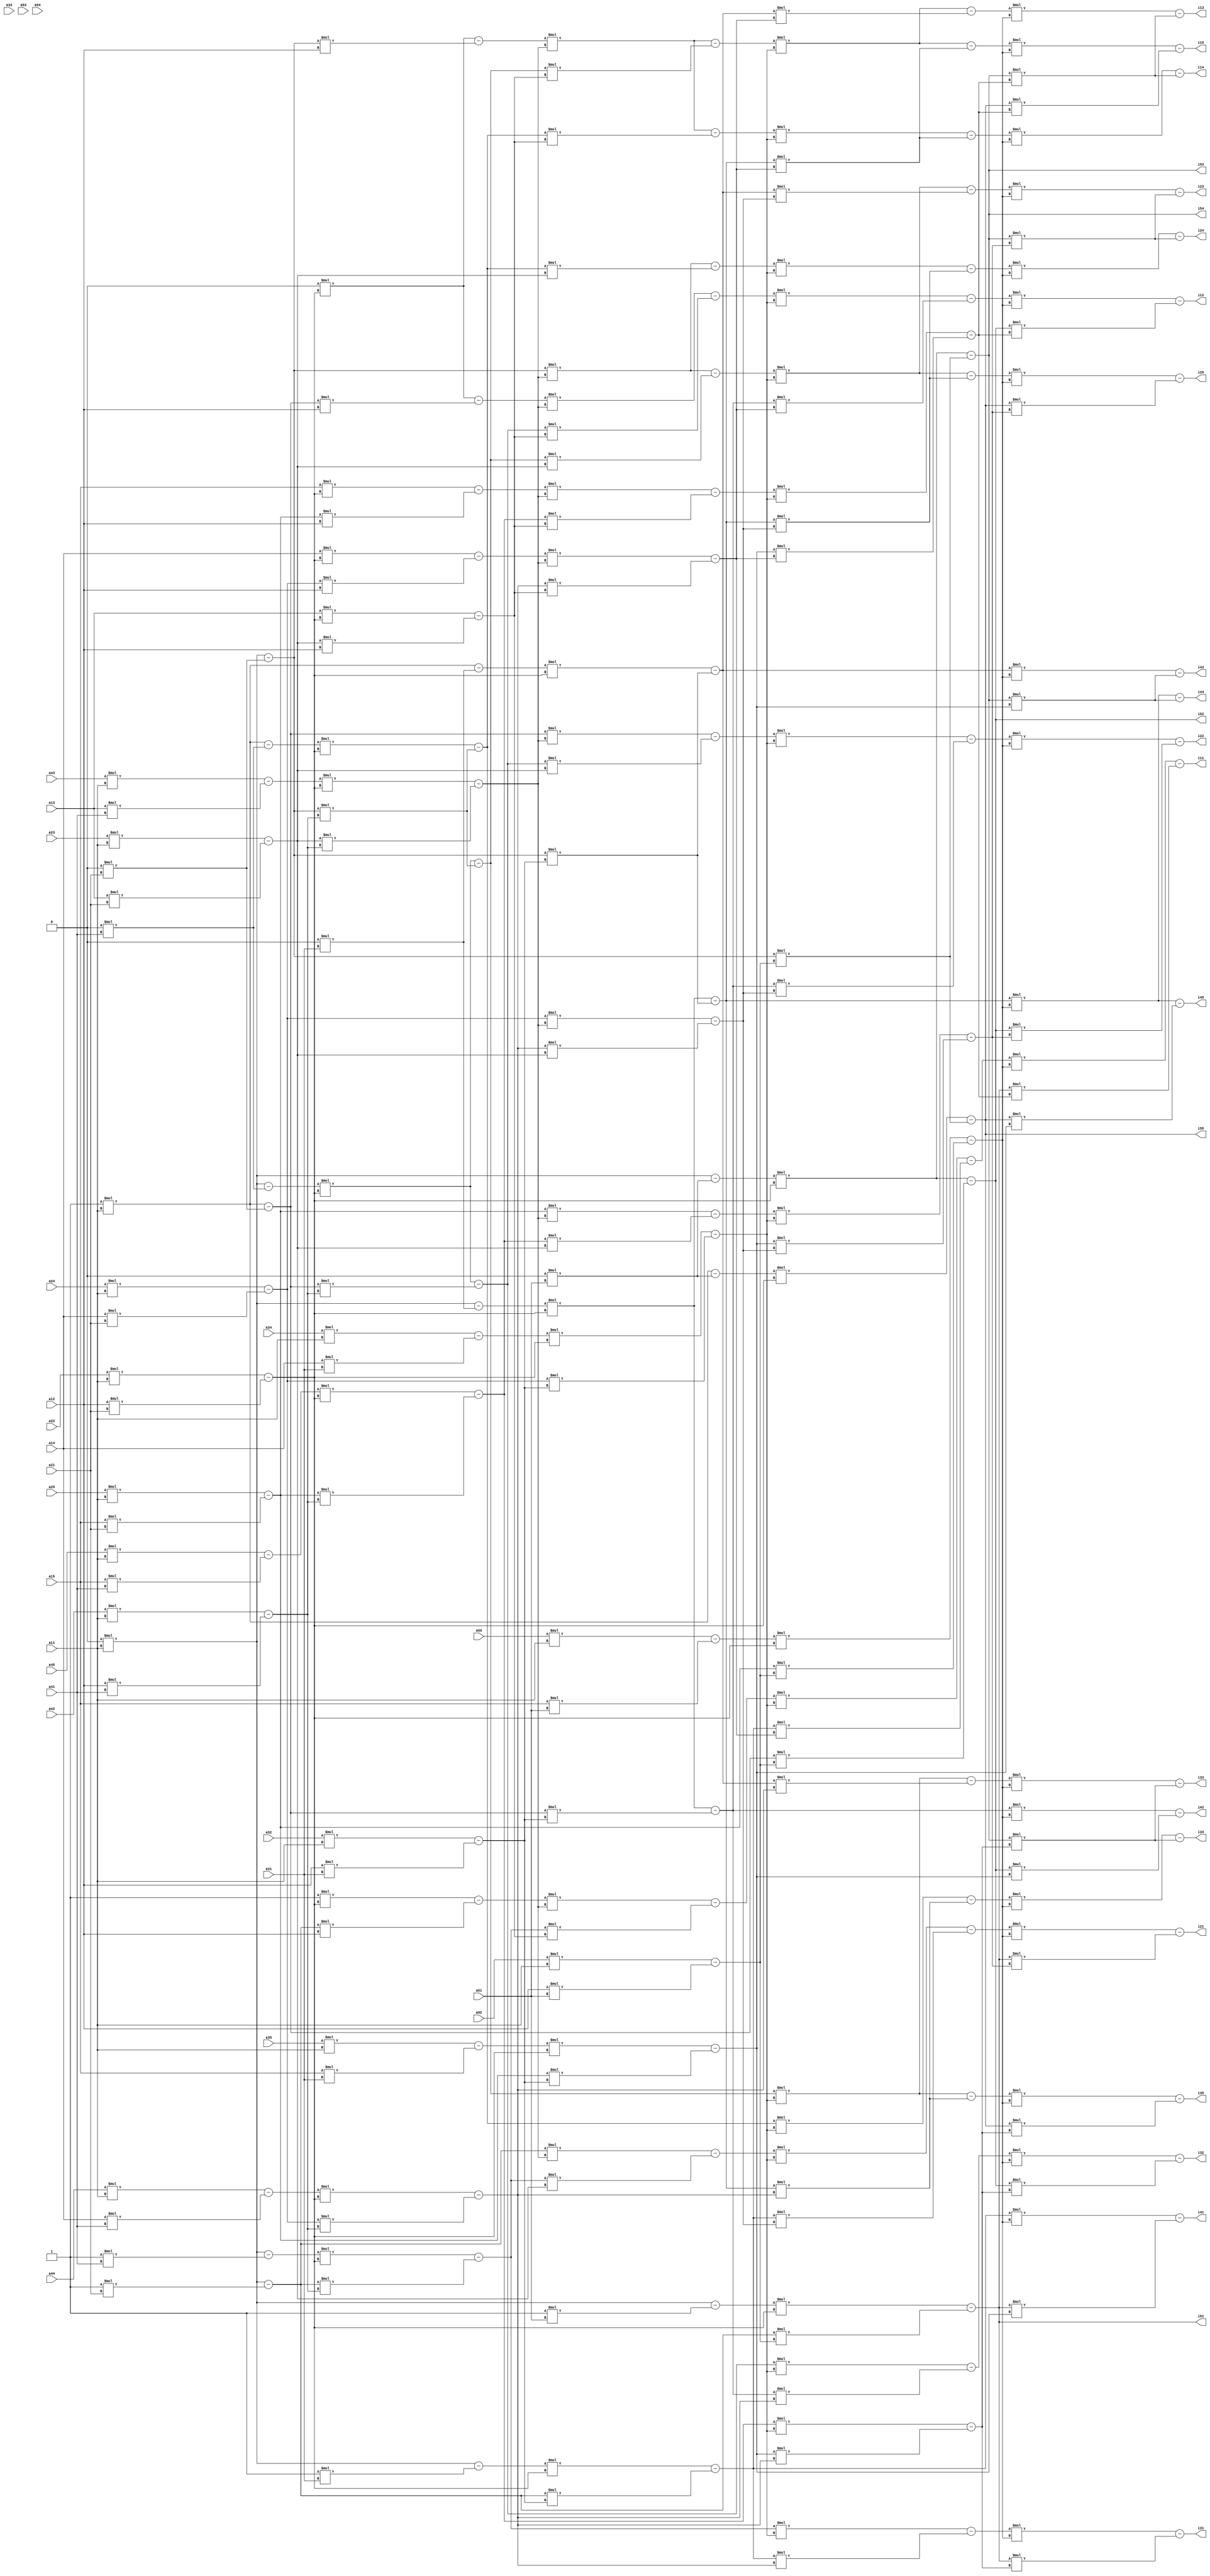
`timescale 1ns / 1ps

//////////////////////////////////////////////////////////////////////////////////
// Company: 
// 
// Design Name: 
// Module Name:    matrix_inv 
// Project Name: Project to invert the matrix using RREF method
// Target Devices: 
// Tool versions: 
// Description: 
//
// Dependencies: 
//
// Revision: 
// Revision 0.01 - File Created
// Additional Comments: 
//
//////////////////////////////////////////////////////////////////////////////////
module matrx_inv(a11, a12, a13, a14, a15, a21, a22, a23, a24,a25, a31, a32, a33, a34, a35, 
a41, a42, a43, a44, a45, a51, a52, a53, a54, a55, i11, i12, i13, i14, i15, i21, i22,i23, i24,i25, i31, i32, i33, i34, i35, 
i41, i42, i43, i44, i45, i51, i52, i53, i54, i55 );

input [31:0] a11, a12, a13, a14, a15, a21, a22, a23, a24,a25, a31, a32, a33, a34, a35, 
a41, a42, a43, a44, a45, a51, a52, a53, a54, a55;

output [31:0]i11, i12, i13, i14, i15, i21, i22,i23, i24,i25, i31, i32, i33, i34, i35, 
i41, i42, i43, i44, i45, i51, i52, i53, i54, i55;


wire [31:0] a_out11, a_out12, a_out13, a_out14, a_out15, a_out21, a_out22, a_out23, a_out24,a_out25, a_out31, a_out32, a_out33, a_out34, a_out35, 
a_out41, a_out42, a_out43, a_out44, a_out45, a_out51, a_out52, a_out53, a_out54, a_out55;

wire [31:0]it21,it22,it23,it24,it25,
it11,it12,it13,it14,it15,
it31,it32,it33,it34,it35,
it41,it42,it43,it44,it45,
it51,it52,it53,it54,it55,
it131,it132,it133,it134,it135,
it141,it142,it143,it144,it145,
it111,it112,it113,it114,it115,
it151,it152,it153,it154,it155,    
it211,it212,it213,it214,it215,    
it221,it222,it223,it224,it225,

it321,it322,it323,it324,it325,
it311,it312,it313,it314,it315,
it331,it332,it333,it334,it335,
it411,it412,it413,it414,it415,
it421,it422,it423,it424,it425,
it431,it432,it433,it434,it435,
it441,it442,it443,it444,it445,pivot1,pivot2,pivot3, pivot4, pivot5
;

wire [31:0]it_out21,it_out22,it_out23,it_out24,it_out25,
it_out11,it_out12,it_out13,it_out14,it_out15,
it_out31,it_out32,it_out33,it_out34,it_out35,
it_out41,it_out42,it_out43,it_out44,it_out45,
it_out51,it_out52,it_out53,it_out54,it_out55,
it_out131,it_out132,it_out133,it_out134,it_out135,
it_out141,it_out142,it_out143,it_out144,it_out145,
it_out111,it_out112,it_out113,it_out114,it_out115,
it_out151,it_out152,it_out153,it_out154,it_out155,    
it_out211,it_out212,it_out213,it_out214,it_out215,    
it_out221,it_out222,it_out223,it_out224,it_out225,

it_out321,it_out322,it_out323,it_out324,it_out325,
it_out311,it_out312,it_out313,it_out314,it_out315,
it_out331,it_out332,it_out333,it_out334,it_out335,
it_out411,it_out412,it_out413,it_out414,it_out415,
it_out421,it_out422,it_out423,it_out424,it_out425,
it_out431,it_out432,it_out433,it_out434,it_out435,
it_out441,it_out442,it_out443,it_out444,it_out445,pivot_out11,pivot_out12,pivot_out13, pivot_out14, pivot_out15,
pivot_out21,pivot_out22,pivot_out23, pivot_out24, pivot_out25,
pivot_out31,pivot_out32,pivot_out33, pivot_out34, pivot_out35,
pivot_out41,pivot_out42,pivot_out43, pivot_out44, pivot_out45,
pivot_out51,pivot_out52,pivot_out53, pivot_out54, pivot_out55;


assign it21 = (a21 * a11) - (a11 * a21);
assign it22 = (a22 * a11) - (a12 * a21);
assign it23 = (a23 * a11) - (a13 * a21);
assign it24 = (a24 * a11) - (a14 * a21);
assign it25 = (a25 * a11) - (a15 * a21);

assign it31 = (a31 * a11) - (a11 * a31);
assign it32 = (a32 * a11) - (a12 * a31);
assign it33 = (a33 * a11) - (a13 * a31);
assign it34 = (a34 * a11) - (a14 * a31);
assign it35 = (a35 * a11) - (a15 * a31);

assign it41 = (a41 * a11) - (a11 * a41);
assign it42 = (a42 * a11) - (a12 * a41);
assign it43 = (a43 * a11) - (a13 * a41);
assign it44 = (a44 * a11) - (a14 * a41);
assign it45 = (a45 * a11) - (a15 * a41);

assign it51 = (a51 * a11) - (a11 * a51);
assign it52 = (a52 * a11) - (a12 * a51);
assign it53 = (a53 * a11) - (a13 * a51);
assign it54 = (a54 * a11) - (a14 * a51);
assign it55 = (a55 * a11) - (a15 * a51);

///now second pivot
assign it111 = (a11 * it22) - (it21 *a12);
assign it112 = (a12 * it22) - (it22 * a12);
assign it113 = (a13 * it22) - (it23 * a12);
assign it114 = (a14 * it22) - (it24 * a12);
assign it115 = (a15 * it22) - (it25 * a12);


assign it131 = (it31 * it22) - (it21 *it32);
assign it132 = (it32 * it22) - (it22 * it32);
assign it133 = (it33 * it22) - (it23 * it32);
assign it134 = (it34 * it22) - (it24 * it32);
assign it135 = (it35 * it22) - (it25 * it32);

assign it141 = (it41 * it22) - (it21 *it42);
assign it142 = (it42 * it22) - (it22 * it42);
assign it143 = (it43 * it22) - (it23 * it42);
assign it144 = (it44 * it22) - (it24 * it42);
assign it145 = (it45 * it22) - (it25 * it42);

assign it151 = (it51 * it22) - (it21 *it52);
assign it152 = (it52 * it22) - (it22 * it52);
assign it153 = (it53 * it22) - (it23 * it52);
assign it154 = (it54 * it22) - (it24 * it52);
assign it155 = (it55 * it22) - (it25 * it52);

//now third pivot
assign it211 = (it111 * it143) - (it141 *it113);
assign it212 = (it112 * it143) - (it142 * it113);
assign it213 = (it113 * it143) - (it143 * it113);
assign it214 = (it114 * it143) - (it144 * it113);
assign it215 = (it115 * it143) - (it145 * it113);


assign it221 = (it21 * it143) - (it141 *it23);
assign it222 = (it22 * it143) - (it142 * it23);
assign it223 = (it23 * it143) - (it143 * it23);
assign it224 = (it24 * it143) - (it144 * it23);
assign it225 = (it25 * it143) - (it145 * it23);

//fourth pivot
assign it311 = (it211 * it134) - (it131 *it214);
assign it312 = (it212 * it134) - (it132 * it214);
assign it313 = (it213 * it134) - (it133 * it214);
assign it314 = (it214 * it134) - (it134 * it214);
assign it315 = (it215 * it134) - (it135 * it214);

assign it321 = (it221 * it134) - (it131 *it224);
assign it322 = (it222 * it134) - (it132 * it224);
assign it323 = (it223 * it134) - (it133 * it224);
assign it324 = (it224 * it134) - (it134 * it224);
assign it325 = (it225 * it134) - (it135 * it224);

assign it331 = (it141 * it134) - (it131 *it144);
assign it332 = (it142 * it134) - (it132 * it144);
assign it333 = (it143 * it134) - (it133 * it144);
assign it334 = (it144 * it134) - (it134 * it144);
assign it335 = (it145 * it134) - (it135 * it144);

//fifth pivot


assign it411 = (it311 * it155) - (it151 * it315);
assign it412 = (it312 * it155) - (it152 * it315);
assign it413 = (it313 * it155) - (it153 * it315);
assign it414 = (it314 * it155) - (it154 * it315);
assign it415 = (it315 * it155) - (it155 * it315);

assign it421 = (it321 * it155) - (it151 * it325);
assign it422 = (it322 * it155) - (it152 * it325);
assign it423 = (it323 * it155) - (it153 * it325);
assign it424 = (it324 * it155) - (it154 * it325);
assign it425 = (it325 * it155) - (it155 * it325);

assign it431 = (it331 * it155) - (it151 * it335);
assign it432 = (it332 * it155) - (it152 * it335);
assign it433 = (it333 * it155) - (it153 * it335);
assign it434 = (it334 * it155) - (it154 * it335);
assign it435 = (it335 * it155) - (it155 * it335);

assign it441 = (it131 * it155) - (it151 * it135);
assign it442 = (it132 * it155) - (it152 * it135);
assign it443 = (it133 * it155) - (it153 * it135);
assign it444 = (it134 * it155) - (it154 * it135);
assign it445 = (it135 * it155) - (it155 * it135);

assign pivot1 = it411/it411;
assign pivot2 = it422/it422;
assign pivot3 = it433/it433;
assign pivot4 = it444/it444;
assign pivot5 = it155/it155;

assign a_out11= 1;
assign a_out12= 0;
assign a_out13= 0;
assign a_out14= 0;
assign a_out15= 0;
assign a_out21= 0;
assign a_out22= 1;
assign a_out23= 0;
assign a_out24= 0;
assign a_out25= 0;
assign a_out31= 0;
assign a_out32= 0;
assign a_out33= 1;
assign a_out34= 0;
assign a_out35= 0;
assign a_out41= 0;
assign a_out42= 0;
assign a_out43= 0;
assign a_out44= 1;
assign a_out45= 0;
assign a_out51= 0;
assign a_out52= 0;
assign a_out53= 0;
assign a_out54= 0;
assign a_out55= 1;


//second method
assign it_out21 = (a_out21 * a11) - (a_out11 * a21);
assign it_out22 = (a_out22 * a11) - (a_out12 * a21);
assign it_out23 = (a_out23 * a11) - (a_out13 * a21);
assign it_out24 = (a_out24 * a11) - (a_out14 * a21);
assign it_out25 = (a_out25 * a11) - (a_out15 * a21);

assign it_out31 = (a_out31 * a11) - (a_out11 * a31);
assign it_out32 = (a_out32 * a11) - (a_out12 * a31);
assign it_out33 = (a_out33 * a11) - (a_out13 * a31);
assign it_out34 = (a_out34 * a11) - (a_out14 * a31);
assign it_out35 = (a_out35 * a11) - (a_out15 * a31);

assign it_out41 = (a_out41 * a11) - (a_out11 * a41);
assign it_out42 = (a_out42 * a11) - (a_out12 * a41);
assign it_out43 = (a_out43 * a11) - (a_out13 * a41);
assign it_out44 = (a_out44 * a11) - (a_out14 * a41);
assign it_out45 = (a_out45 * a11) - (a_out15 * a41);

assign it_out51 = (a_out51 * a11) - (a_out11 * a51);
assign it_out52 = (a_out52 * a11) - (a_out12 * a51);
assign it_out53 = (a_out53 * a11) - (a_out13 * a51);
assign it_out54 = (a_out54 * a11) - (a_out14 * a51);
assign it_out55 = (a_out55 * a11) - (a_out15 * a51);

///now second pivot
assign it_out111 = (a_out11 * it22) - (it_out21 * a12);
assign it_out112 = (a_out12 * it22) - (it_out22 * a12);
assign it_out113 = (a_out13 * it22) - (it_out23 * a12);
assign it_out114 = (a_out14 * it22) - (it_out24 * a12);
assign it_out115 = (a_out15 * it22) - (it_out25 * a12);


assign it_out131 = (it_out31 * it22) - (it_out21 *it32);
assign it_out132 = (it_out32 * it22) - (it_out22 * it32);
assign it_out133 = (it_out33 * it22) - (it_out23 * it32);
assign it_out134 = (it_out34 * it22) - (it_out24 * it32);
assign it_out135 = (it_out35 * it22) - (it_out25 * it32);

assign it_out141 = (it_out41 * it22) - (it_out21 *it42);
assign it_out142 = (it_out42 * it22) - (it_out22 * it42);
assign it_out143 = (it_out43 * it22) - (it_out23 * it42);
assign it_out144 = (it_out44 * it22) - (it_out24 * it42);
assign it_out145 = (it_out45 * it22) - (it_out25 * it42);

assign it_out151 = (it_out51 * it22) - (it_out21 *it52);
assign it_out152 = (it_out52 * it22) - (it_out22 * it52);
assign it_out153 = (it_out53 * it22) - (it_out23 * it52);
assign it_out154 = (it_out54 * it22) - (it_out24 * it52);
assign it_out155 = (it_out55 * it22) - (it_out25 * it52);

//now third pivot
assign it_out211 = (it_out111 * it143) - (it_out141 *it113);
assign it_out212 = (it_out112 * it143) - (it_out142 * it113);
assign it_out213 = (it_out113 * it143) - (it_out143 * it113);
assign it_out214 = (it_out114 * it143) - (it_out144 * it113);
assign it_out215 = (it_out115 * it143) - (it_out145 * it113);


assign it_out221 = (it_out21 * it143) - (it_out141 *it23);
assign it_out222 = (it_out22 * it143) - (it_out142 * it23);
assign it_out223 = (it_out23 * it143) - (it_out143 * it23);
assign it_out224 = (it_out24 * it143) - (it_out144 * it23);
assign it_out225 = (it_out25 * it143) - (it_out145 * it23);

//fourth pivot
assign it_out311 = (it_out211 * it134) - (it_out131 *it214);
assign it_out312 = (it_out212 * it134) - (it_out132 * it214);
assign it_out313 = (it_out213 * it134) - (it_out133 * it214);
assign it_out314 = (it_out214 * it134) - (it_out134 * it214);
assign it_out315 = (it_out215 * it134) - (it_out135 * it214);

assign it_out321 = (it_out221 * it134) - (it_out131 *it224);
assign it_out322 = (it_out222 * it134) - (it_out132 * it224);
assign it_out323 = (it_out223 * it134) - (it_out133 * it224);
assign it_out324 = (it_out224 * it134) - (it_out134 * it224);
assign it_out325 = (it_out225 * it134) - ( it_out135 * it224);

assign it_out331 = (it_out141 * it134) - (it_out131 *it144);
assign it_out332 = (it_out142 * it134) - (it_out132 * it144);
assign it_out333 = (it_out143 * it134) - (it_out133 * it144);
assign it_out334 = (it_out144 * it134) - (it_out134 * it144);
assign it_out335 = (it_out145 * it134) - (it_out135 * it144);

//fifth pivot


assign it_out411 = (it_out311 * it155) - (it_out151 * it315);
assign it_out412 = (it_out312 * it155) - (it_out152 * it315);
assign it_out413 = (it_out313 * it155) - (it_out153 * it315);
assign it_out414 = (it_out314 * it155) - (it_out154 * it315);
assign it_out415 = (it_out315 * it155) - (it_out155 * it315);

assign it_out421 = (it_out321 * it155) - (it_out151 * it325);
assign it_out422 = (it_out322 * it155) - (it_out152 * it325);
assign it_out423 = (it_out323 * it155) - (it_out153 * it325);
assign it_out424 = (it_out324 * it155) - (it_out154 * it325);
assign it_out425 = (it_out325 * it155) - (it_out155 * it325);

assign it_out431 = (it_out331 * it155) - (it_out151 * it335);
assign it_out432 = (it_out332 * it155) - (it_out152 * it335);
assign it_out433 = (it_out333 * it155) - (it_out153 * it335);
assign it_out434 = (it_out334 * it155) - (it_out154 * it335);
assign it_out435 = (it_out335 * it155) - (it_out155 * it335);

assign it_out441 = (it_out131 * it155) - (it_out151 * it135);
assign it_out442 = (it_out132 * it155) - (it_out152 * it135);
assign it_out443 = (it_out133 * it155) - (it_out153 * it135);
assign it_out444 = (it_out134 * it155) - (it_out154 * it135);
assign it_out445 = (it_out135 * it155) - (it_out155 * it135);

assign pivot_out11 = it_out411;
assign pivot_out12 = it_out412;
assign pivot_out13 = it_out413;
assign pivot_out14 = it_out414;
assign pivot_out15 = it_out415;

assign pivot_out21 = it_out421;
assign pivot_out22 = it_out422;
assign pivot_out23 = it_out423;
assign pivot_out24 = it_out424;
assign pivot_out25 = it_out425;



assign pivot_out31 = it_out431;
assign pivot_out32 = it_out432;
assign pivot_out33 = it_out433;
assign pivot_out34 = it_out434;
assign pivot_out35 = it_out435;

assign pivot_out41 = it_out441;
assign pivot_out42 = it_out442;
assign pivot_out43 = it_out443;
assign pivot_out44 = it_out444;
assign pivot_out45 = it_out445;

assign pivot_out51 = it_out151;
assign pivot_out52 = it_out152;
assign pivot_out53 = it_out153;
assign pivot_out54 = it_out154;
assign pivot_out55 = it_out155;


assign i11=pivot_out11;
assign i12=pivot_out12;
assign i13=pivot_out13;
assign i14=pivot_out14;
assign i15=pivot_out15;
assign i21=pivot_out21;
assign i22=pivot_out22;
assign i23=pivot_out23;
assign i24=pivot_out24;
assign i25=pivot_out25;
assign i31=pivot_out31;
assign i32=pivot_out32;
assign i33=pivot_out33;
assign i34=pivot_out34;
assign i35=pivot_out35;
assign i41=pivot_out41;
assign i42=pivot_out42;
assign i43=pivot_out43;
assign i44=pivot_out44;
assign i45=pivot_out45;
assign i51=pivot_out51;
assign i52=pivot_out52;
assign i53=pivot_out53;
assign i54=pivot_out54;
assign i55=pivot_out55;

endmodule